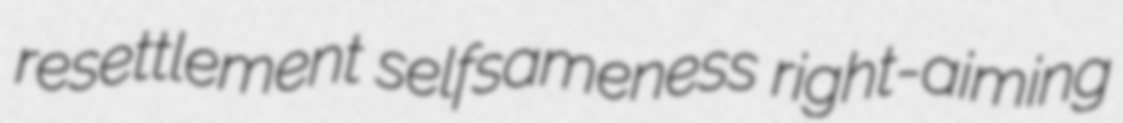
resettlement selfsameness right-aiming